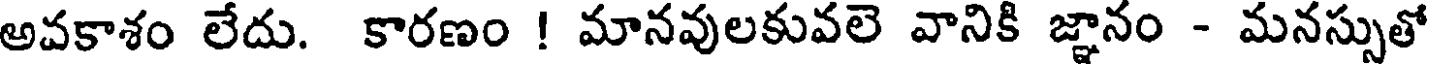
అవకాశం లేదు. కారణం ! మానవులకువలె వానికి జ్ఞానం - మనస్సుతో